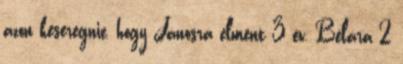
azon keseregnie, hogy Jánosra elment 3 év, Bélára 2